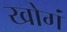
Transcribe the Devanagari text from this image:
खोगं